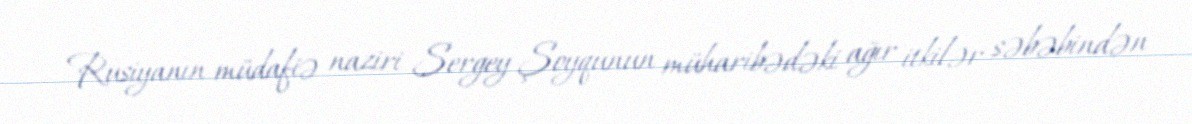
Rusiyanın müdafiə naziri Sergey Şoyqunun müharibədəki ağır itkilər səbəbindən